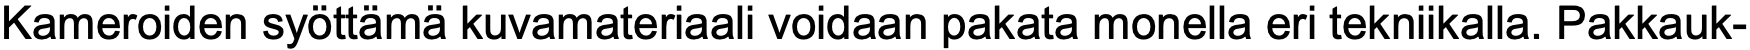
Kameroiden syöttämä kuvamateriaali voidaan pakata monella eri tekniikalla. Pakkauk-